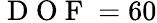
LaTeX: \mathrm{~D~O~F~}=60